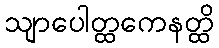
သျာပေါတ္ထကေနတ္ထိ